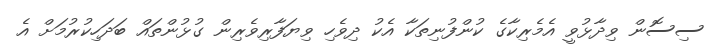
ސިސޮން ވިދާޅުވީ އެމެރިކާގެ ކުންފުނިތަކާ އެކު ދިވެހި ވިޔަފާރިވެރިން ގުޅުންތައް ބަދަހިކުރުމަށް އެ